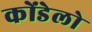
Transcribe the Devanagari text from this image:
कोंडेलो